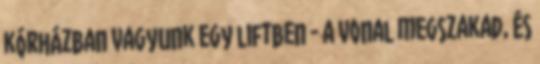
kórházban vagyunk egy liftben - a vonal megszakad, és